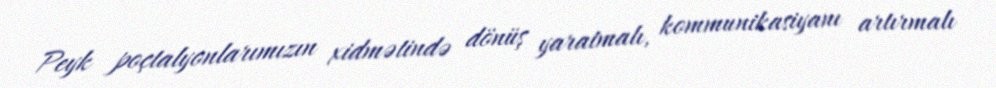
Peyk poçtalyonlarımızın xidmətində dönüş yaratmalı, kommunikasiyanı artırmalı